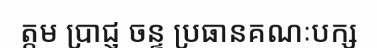
ត្តម ប្រាជ្ញ ចន្ទ ប្រធានគណៈបក្ស